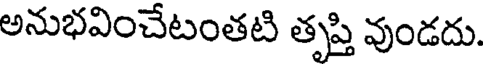
అనుభవించేటంతటి తృప్తి వుండదు.